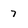
Character: 7